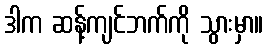
ဒါက ဆန့်ကျင်ဘက်ကို သွားမှာ။